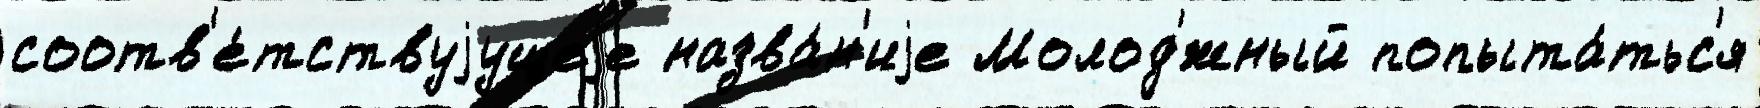
соотв'е́тствуjущеjе назва́н'иjе Молод'́жный попыта́тьс'я